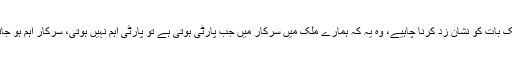
جس ایک بات کو نشان زد کرنا چاہیے، وہ یہ کہ ہمارے ملک میں سرکار میں جب پارٹی ہوتی ہے تو پارٹی اہم نہیں ہوتی، سرکار اہم ہو جاتی ہے۔